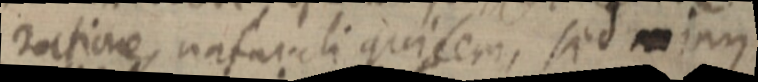
ratione, natarchi quicem, sed minus